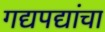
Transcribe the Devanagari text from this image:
गद्यपद्यांचा